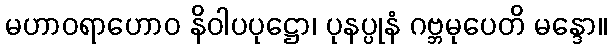
မဟာဝရာဟောဝ နိဝါပပုဋ္ဌော၊ ပုနပ္ပုနံ ဂဗ္ဘမုပေတိ မန္ဒော။